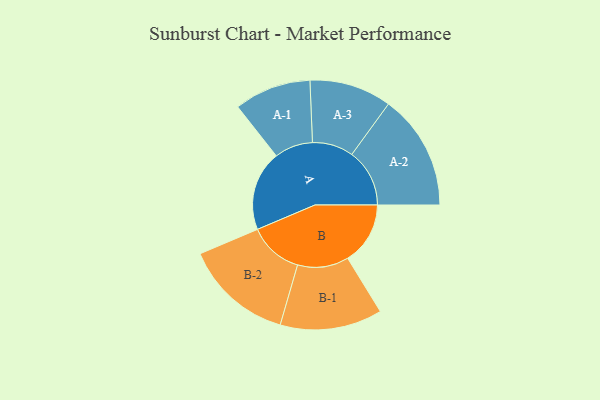
{"axis": {"x": "Segment", "y": "Value"}, "legend": ["", "A", "B"], "data": [{"x": "A", "y": 335, "type": ""}, {"x": "B", "y": 262, "type": ""}, {"x": "A-1", "y": 161, "type": "A"}, {"x": "A-2", "y": 242, "type": "A"}, {"x": "A-3", "y": 172, "type": "A"}, {"x": "B-1", "y": 214, "type": "B"}, {"x": "B-2", "y": 228, "type": "B"}]}